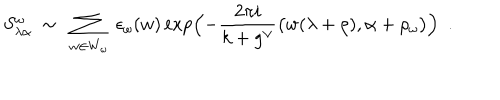
S _ { \lambda \alpha } ^ { \omega } \ \sim \ \sum _ { w \in W _ { \omega } } \ \epsilon _ { \omega } ( w ) \exp \Bigl ( - \frac { 2 \pi i } { k + g ^ { \vee } } \bigl ( w ( \lambda + \rho ) , \alpha + \rho _ { \omega } \bigr ) \Bigr ) \ \ .